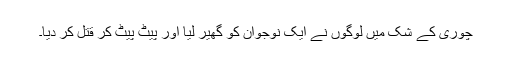
چوری کے شک میں لوگوں نے ایک نوجوان کو گھیر لیا اور پیٹ پیٹ کر قتل کر دیا۔